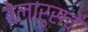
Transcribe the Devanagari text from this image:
बेलारुसचे